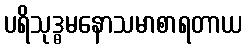
ပရိသုဒ္ဓမနောသမာစာရတာယ